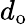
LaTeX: d_{\mathrm{o}}